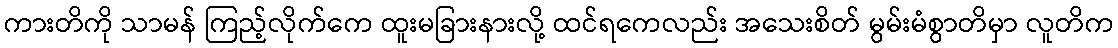
ကားတိကို သာမန် ကြည့်လိုက်ကေ ထူးမခြားနားလို့ ထင်ရကေလည်း အသေးစိတ် မွမ်းမံစွာတိမှာ လူတိက